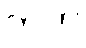
တကွ